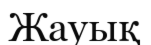
Жауық